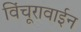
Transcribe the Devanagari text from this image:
विंचूरावाईन